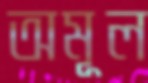
অমূল